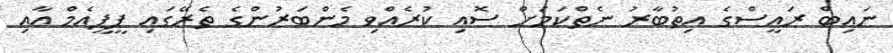
ނައިބް ރައީސްގެ އިތުބާރު ނެތްކަމަށް ސޮއި ކުރެއްވި މެންބަރުންގެ ތެރޭގައި ޕީޕީއެމް އާއި